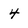
Character: 4